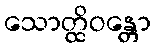
သောတ္ထိဝန္တော